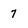
Character: 7